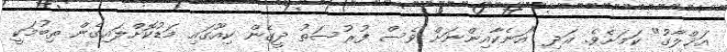
އަޚްލާގު" ކަމަށެވެ. އަދި "އަނެކާއިންނަށް ވެސް ފުރުސަތު ދީގެން ކިއޫގައި މަޑުކޮށްލައިގެން ތިބުމަކީ